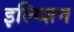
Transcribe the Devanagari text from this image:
इल्य्शिन